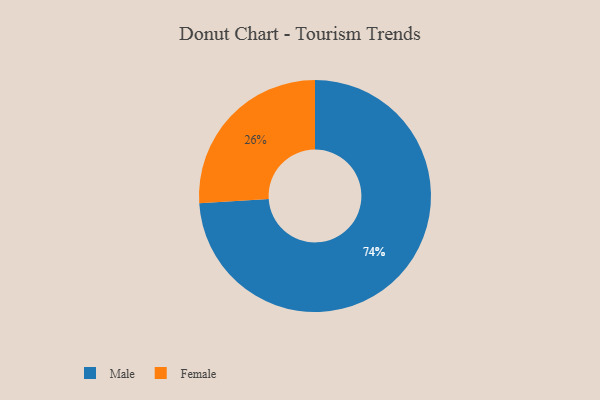
{"axis": {"x": "Category", "y": "Percentage"}, "legend": ["Female", "Male"], "data": [{"x": "Female", "y": 26, "type": "Female"}, {"x": "Male", "y": 74, "type": "Male"}]}